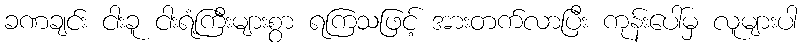
ခဏချင်း ငါးခူ ငါးရံ့ကြီးများစွာ ရကြသဖြင့် အားတက်လာပြီး ကုန်းပေါ်မှ လူများပါ